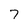
Character: 7